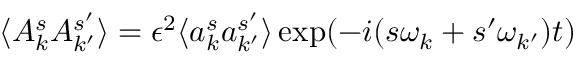
\langle A _ { k } ^ { s } A _ { k ^ { \prime } } ^ { s ^ { \prime } } \rangle = \epsilon ^ { 2 } \langle a _ { k } ^ { s } a _ { k ^ { \prime } } ^ { s ^ { \prime } } \rangle \exp ( - i ( s \omega _ { k } + s ^ { \prime } \omega _ { k ^ { \prime } } ) t )